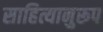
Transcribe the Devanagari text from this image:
साहित्यानुरूप